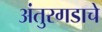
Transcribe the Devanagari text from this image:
अंतुरगडाचे